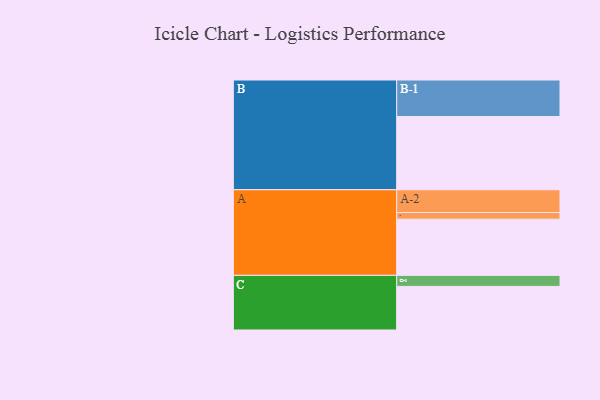
{"axis": {"x": "Segment", "y": "Value"}, "legend": ["", "A", "B", "C"], "data": [{"x": "A", "y": 459, "type": ""}, {"x": "B", "y": 598, "type": ""}, {"x": "C", "y": 356, "type": ""}, {"x": "A-1", "y": 54, "type": "A"}, {"x": "A-2", "y": 186, "type": "A"}, {"x": "B-1", "y": 298, "type": "B"}, {"x": "C-1", "y": 90, "type": "C"}]}